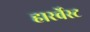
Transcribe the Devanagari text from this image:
हारर्वेस्ट